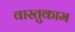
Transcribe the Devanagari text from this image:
वास्तुकाम